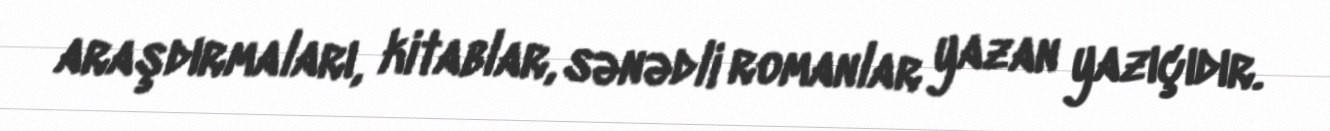
araşdırmaları, kitablar, sənədli romanlar yazan yazıçıdır.